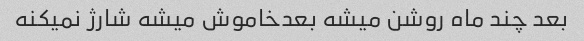
بعد چند ماه روشن میشه بعدخاموش میشه شارژ نمیکنه